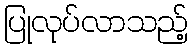
ပြုလုပ်လာသည့်